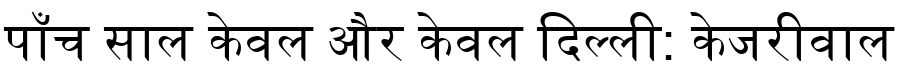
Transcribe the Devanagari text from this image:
पाँच साल केवल और केवल दिल्ली: केजरीवाल